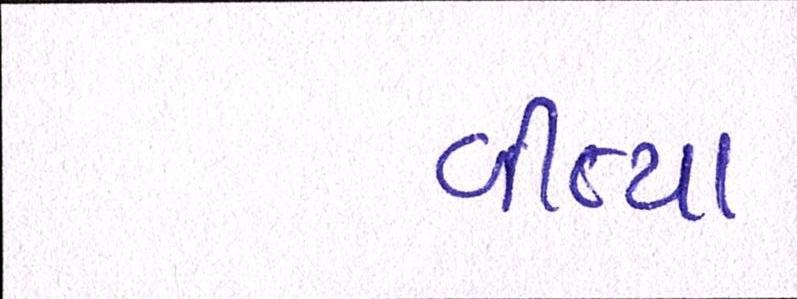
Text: વીત્યા